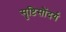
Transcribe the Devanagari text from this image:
सॄष्टिसौंदर्य